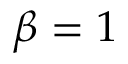
\beta = 1